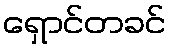
ရှောင်တခင်